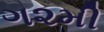
ગ૨મી